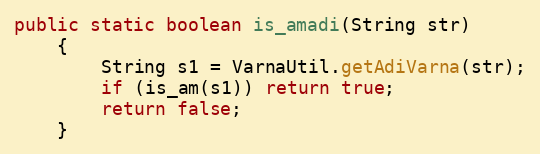
Language: Java
public static boolean is_amadi(String str)
    {
        String s1 = VarnaUtil.getAdiVarna(str);
        if (is_am(s1)) return true;
        return false;
    }